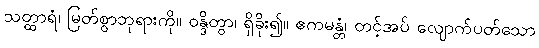
သတ္ထာရံ၊ မြတ်စွာဘုရားကို။ ဝန္ဒိတွာ၊ ရှိခိုး၍။ ဧကမန္တံ၊ တင့်အပ် လျောက်ပတ်သော